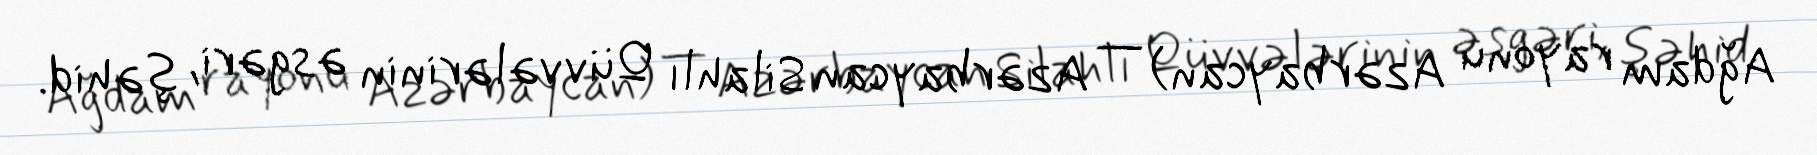
Ağdam rayonu Azərbaycan) — Azərbaycan Silahlı Qüvvələrinin əsgəri, şəhid.